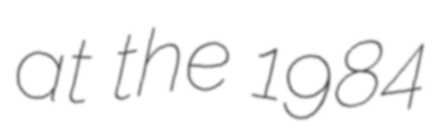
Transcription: at the 1984